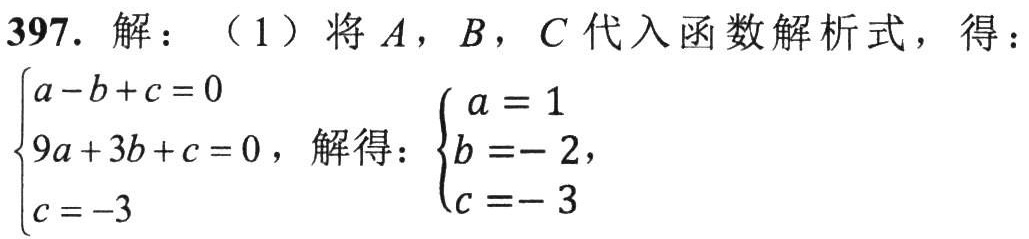
397. 解：（1）将 \(A\)，\(B\)，\(C\) 代入函数解析式，得：
\(\begin{cases}a - b + c = 0\\9a + 3b + c = 0\\c = - 3\end{cases}\)，解得：\(\begin{cases}a = 1\\b = - 2\\c = - 3\end{cases}\)